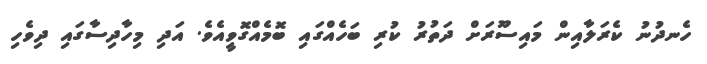
ހެނދުނު ކެރަލާއިން މައިސޫރަށް ދަތުރު ކުރި ބަހެއްގައި ބޮމެއްގޮވީއެވެ. އަދި މިހާދިސާގައި ދިވެހި